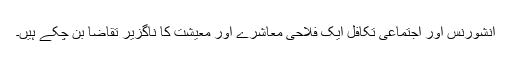
انشورنس اور اجتماعی تکافل ایک فلاحی معاشرے اور معیشت کا ناگزیر تقاضا بن چکے ہیں۔